Medical and sanitary report of the native army of Madras for the year
Year: 1875
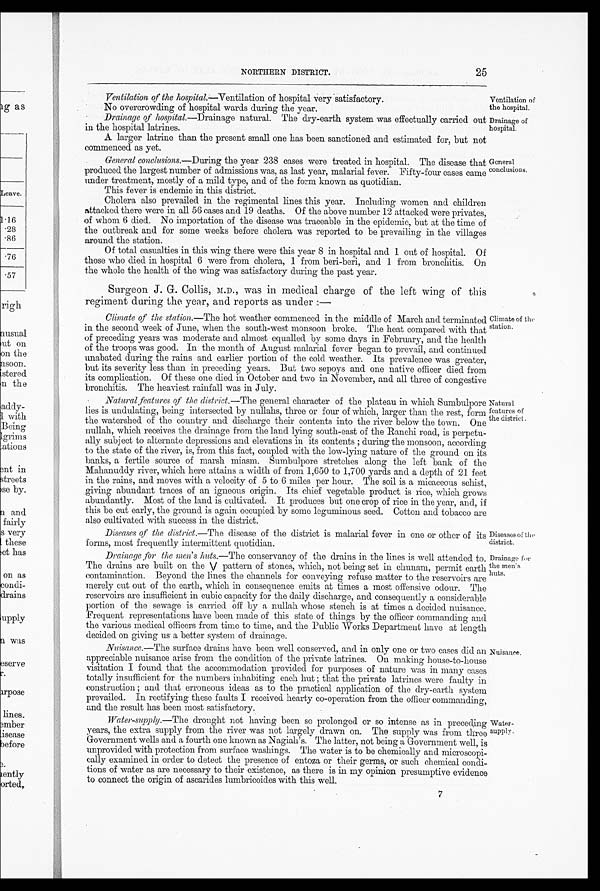
Diseases of the
district.
Drainage for
the men's
huts.
NORTHERN DISTRICT.
Ventilation of the hospital.—Ventilation of hospital very satisfactory.
No overcrowding of hospital wards during the year.
25
Ventilation of
the hospital.
Drainage of hospital.—Drainage natural. The dry-earth system was effectually carried out
in the hospital latrines.
A larger latrine than the present small one has been sanctioned and estimated for, but not
commenced as yet.
Drainage of
hospital.
General conclusions.—During the year 238 cases were treated in hospital. The disease that
produced the largest number of admissions was, as last year, malarial fever. Fifty-four cases came
under treatment, mostly of a mild type, and of the form known as quotidian.
This fever is endemic in this district.
Cholera also prevailed in the regimental lines this year. Including women and children.
attacked there were in all 56 cases and 19 deaths. Of the above number 12 attacked were privates,
of whom 6 died. No importation of the disease was traceable in the epidemic, but at the time of
the outbreak and for some weeks before cholera was reported to be prevailing in the villages
around the station.
Of total casualties in this wing there were this year 8 in hospital and 1 out of hospital. Of
those who died in hospital 6 were from cholera, 1 from beri-beri, and 1 from bronchitis. On
the whole the health of the wing was satisfactory during the past year.
General
conclusions.
Surgeon J. G. Collis, M.D., was in medical charge of the left wing of this
regiment during the year, and reports as under:—
Climate of the station.—The hot weather commenced in the middle of March and terminated
in the second week of June, when the south-west monsoon broke. The heat compared with that
of preceding years was moderate and almost equalled by some days in February, and the health
of the troops was good. In the month of August malarial fever began to prevail, and continued
unabated during the rains and earlier portion of the cold weather. Its prevalence was greater,
but its severity less than in preceding years. But two sepoys and one native officer died from
its complication. Of these one died in October and two in November, and all three of congestive
bronchitis. The heaviest rainfall was in July.
Natural features of the district.— The general character of the plateau in which Sumbulpore
lies is undulating, being intersected by nullahs, three or four of which, larger than the rest, form
the watershed of the country and discharge their contents into the river below the town. One
nullah, which receives the drainage from the land lying south-east of the Ranchi road, is perpetu--
ally subject to alternate depressions and elevations in its contents; during the monsoon, according
to the state of the river, is, from this fact, coupled with the low-lying nature of the ground on its
banks, a fertile source of marsh miasm. Sumbulpore stretches along the left bank of the
Mahanuddy river, which here attains a width of from 1,650 to 1,700 yards and a depth of 21 feet
in the rains, and moves with a velocity of 5 to 6 miles per hour. The soil is a micaceous schist
giving abundant traces of an igneous origin. Its chief vegetable product is rice, which grows
abundantly. Most of the land is cultivated. It produces but one crop of rice in the year, and, if
this be cut early, the ground is again occupied by some leguminous seed. Cotton and tobacco are
also cultivated with success in the district.
Climate of the
station.
Natural
features of
the district.
Diseases of the district.— The disease of the district is malarial fever in one or other of its
forms, most frequently intermittent quotidian.
Drainage for the men's huts .—The conservancy of the drains in the lines is well attended to.
The drains are built on the V pattern of stones, which, not being set in chunam, permit earth
contamination. Beyond the lines the channels for conveying refuse matter to the reservoirs are
merely cut out of the earth, which in consequence emits at times a most offensive odour. The
reservoirs are insufficient in cubic capacity for the daily discharge, and consequently a considerable
portion of the sewage is carried off by a nullah whose stench is at times a decided nuisance.
Frequent representations have been made of this state of things by the officer commanding and
the various medical officers from time to time, and the Public Works Department have at length
decided on giving us a better system of drainage.
Nuisance.—The surface drains have been well conserved, and in only one or two cases did an
appreciable nuisance arise from the condition of the private latrines. On making house-to-house
visitation I found that the accommodation provided for purposes of nature was in many cases
totally insufficient for the numbers inhabiting each hut; that the private latrines were faulty in
construction; and that erroneous ideas as to the practical application of the dry-earth system
prevailed. In rectifying these faults I received hearty co-operation from the officer commanding,
and the result has been most satisfactory.
Water-supply.—The drought not having been so prolonged or so intense as in preceding
years, the extra supply from the river was not largely drawn on. The supply was from three
Government wells and a fourth one known as Nagiah's. The latter, not being a Government well, is
unprovided with protection from surface washings. The water is to be chemically and microscopi-
-cally examined in order to detect the presence of entoza or their germs, or such chemical con
d i - t i o n s o f w a t e r a s a r e n e c e s s a r y t o t h e i r e x i s t e n c e , a s t h e r e i s i n m y o p i n i o n p r e s u m p t i v e e v i d e n c e
to connect the origin of ascarides lumbricoides with this well.
Nuisance.
Water
-suppl y.
7